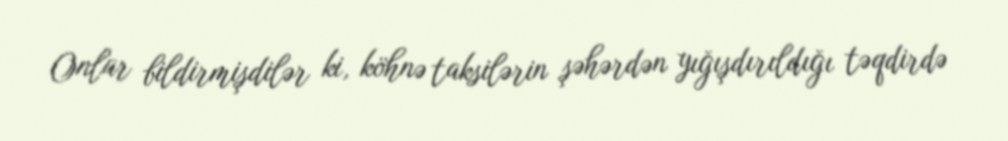
Onlar bildirmişdilər ki, köhnə taksilərin şəhərdən yığışdırıldığı təqdirdə